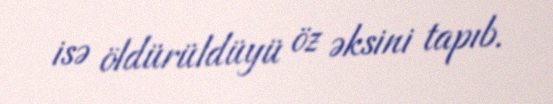
isə öldürüldüyü öz əksini tapıb.